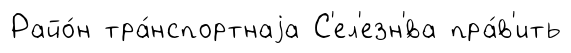
Райо́н тра́нспортнаjа С'ел'езн'́ва пра́в'ить